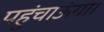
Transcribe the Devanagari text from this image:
पहुंचाऊंगा।